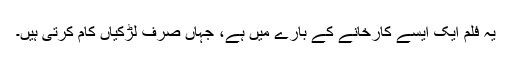
یہ فلم ایک ایسے کارخانے کے بارے میں ہے، جہاں صرف لڑکیاں کام کرتی ہیں۔